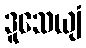
ဒူသေယျံ